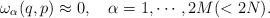
\begin{align*} \omega _\alpha (q,p) \approx 0, \quad \alpha =1,\cdots ,2M(<2N).\end{align*}